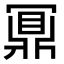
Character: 鼏